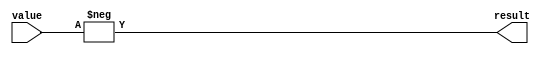
module negate(value, result);

input [31:0] value;
output [31:0] result;

assign result = -value;

endmodule